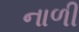
નાળી